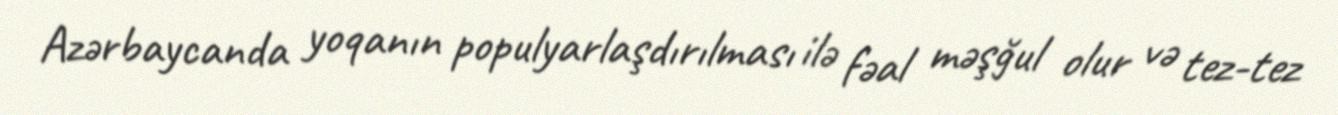
Azərbaycanda yoqanın populyarlaşdırılması ilə fəal məşğul olur və tez-tez